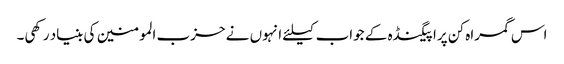
اس گمراہ کن پراپیگنڈہ کے جواب کیلئے انہوں نے حزب المومنین کی بنیاد رکھی۔